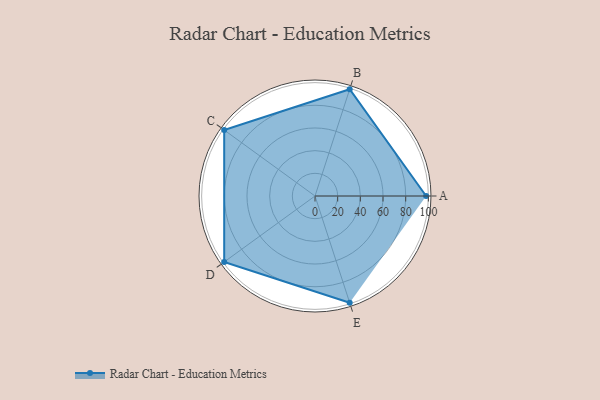
{"axis": {"x": "Skill", "y": "Score"}, "legend": ["Profile"], "data": [{"x": "A", "y": 98.0, "type": "Profile"}, {"x": "B", "y": 99, "type": "Profile"}, {"x": "C", "y": 99, "type": "Profile"}, {"x": "D", "y": 99, "type": "Profile"}, {"x": "E", "y": 99, "type": "Profile"}]}